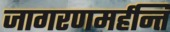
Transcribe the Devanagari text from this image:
जागरणमर्हन्ति